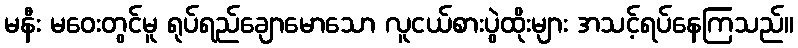
မနီး မဝေးတွင်မူ ရုပ်ရည်ချောမောသော လူငယ်စားပွဲထိုးများ အသင့်ရပ်နေကြသည်။